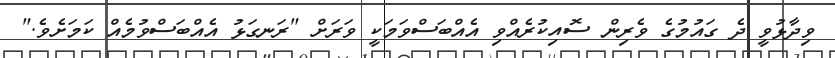
ވިދާޅުވީ ދެ ގައުމުގެ ވެރިން ސޮއިކުރެއްވި އެއްބަސްވަމަކީ ވަރަށް "ރަނގަޅު އެއްބަސްވުމެއް ކަމަށެވެ."